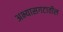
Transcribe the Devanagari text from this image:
अभ्यासगटातील